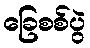
ခြေစစ်ပွဲ